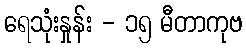
ရေသုံးနှုန်း - ၁၅ မီတာကုဗ